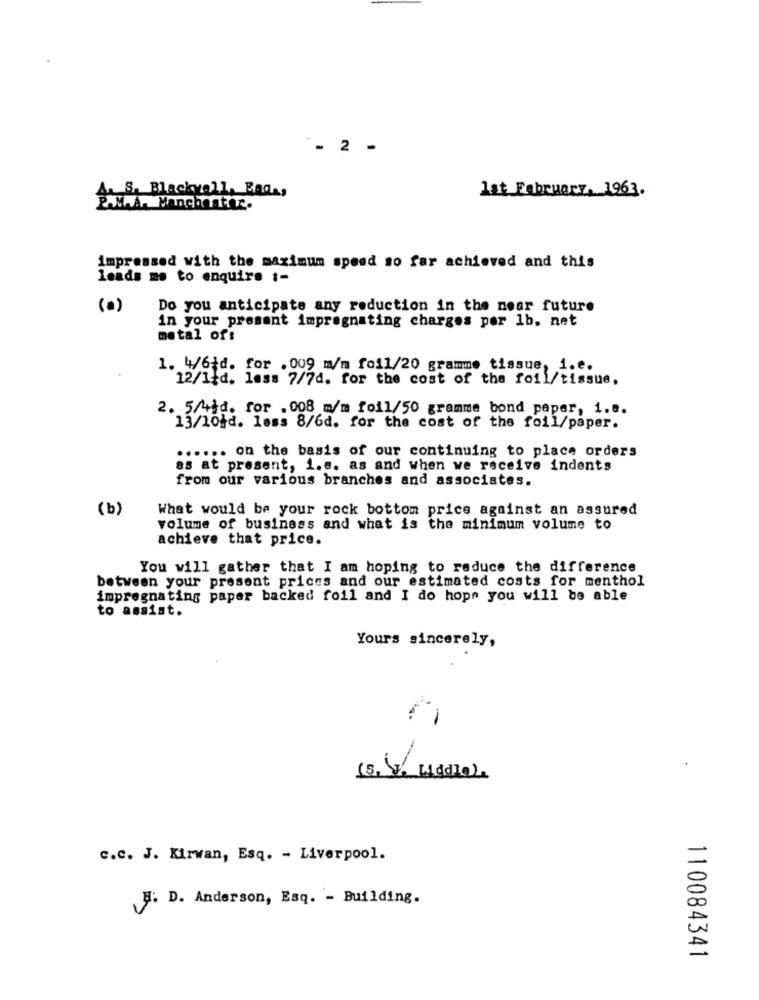
*- 2 -
A. S. Blackyell, Bada,
1st February, 1963.
P.M.A. Manchester.
impressed with the maximum speed so far achieved and this
leads me to enquire :-
(a)
Do you anticipate any reduction in the near future
in your present impregnating charges por 1b. net
metal of:
1. 4/6;d. for .009 m/m foi1/20 gramme tissue, 1.e.
12/1fd. lass 7/7d. for the cost of the foil/tissue,
2. 5/4td. for .008 m/m foil/50 gramme bond paper, 1.8.
13/10+d. less 8/6d. for the cost of the foil/paper.
...... on the basis of our continuing to place orders
as at present, i.e. as and when we receive indents
from our various branches and associates.
(b)
What would be your rock bottom price against an assured
volume of business and what is the minimum volume to
achieve that price.
You will gather that I am hoping to reduce the difference
between your present prices and our estimated costs for menthol
impregnating paper backed foil and I do hope you will be able
to assist.
Yours sincerely,
-
c.c. J. Kirwan, Esq. - Liverpool.
#: D. Anderson, Esq. - Building.
110084341